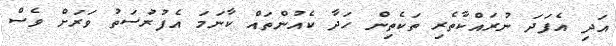
އަދި އެފަދަ ނުރައްކާތެރި ތަކެތިން ހަދާ ކެއުންތައް ކާނަމަ އެފުރުސަތު ވަރަށް ވެސް